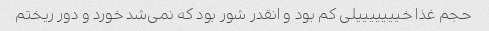
حجم غذا خیییییییلی کم بود و انقدر شور بود که نمی‌شد خورد و دور ریختم